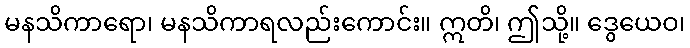
မနသိကာရော၊ မနသိကာရလည်းကောင်း။ ဣတိ၊ ဤသို့။ ဒွေယေဝ၊